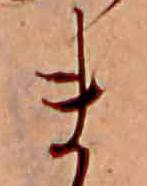
ま